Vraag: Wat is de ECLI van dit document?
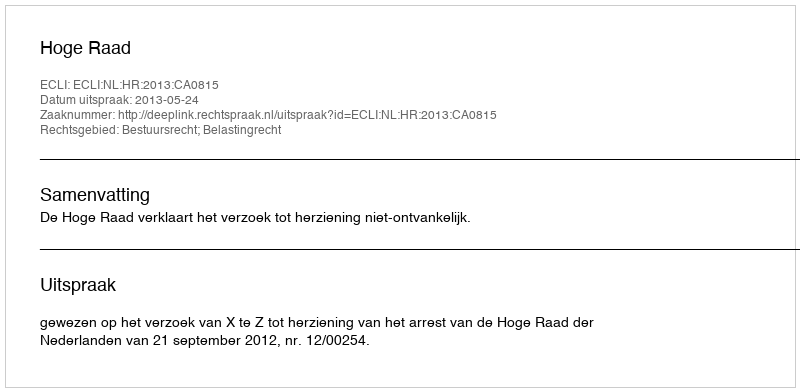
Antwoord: ECLI:NL:HR:2013:CA0815